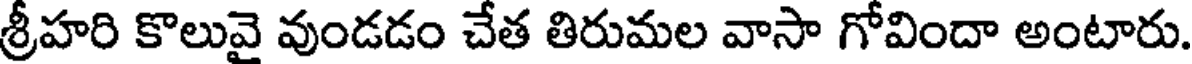
శ్రీహరి కొలువై వుండడం చేత తిరుమల వాసా గోవిందా అంటారు